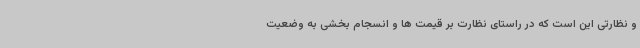
و نظارتی این است که در راستای نظارت بر قیمت ها و انسجام بخشی به وضعیت